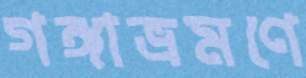
গঙ্গাভ্রমণে